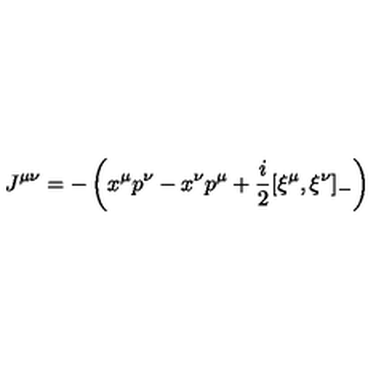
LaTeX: J ^ { \mu \nu } = - \left( x ^ { \mu } p ^ { \nu } - x ^ { \nu } p ^ { \mu } + \frac { i } { 2 } [ \xi ^ { \mu } , \xi ^ { \nu } ] _ { - } \right)